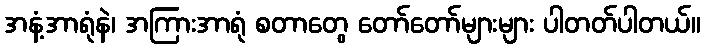
အနံ့အာရုံနဲ၊ အကြားအာရုံ စတာတွေ တော်တော်များများ ပါတတ်ပါတယ်။